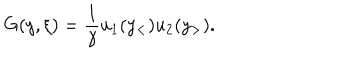
G ( y , \xi ) = { \frac { 1 } { \gamma } } u _ { 1 } ( y _ { < } ) u _ { 2 } ( y _ { > } ) .